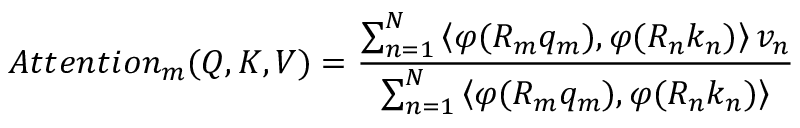
A t t e n t i o n _ { m } ( Q , K , V ) = \frac { \sum _ { n = 1 } ^ { N } \left\langle \varphi ( R _ { m } q _ { m } ) , \varphi ( R _ { n } k _ { n } ) \right\rangle v _ { n } } { \sum _ { n = 1 } ^ { N } \left\langle \varphi ( R _ { m } q _ { m } ) , \varphi ( R _ { n } k _ { n } ) \right\rangle }